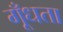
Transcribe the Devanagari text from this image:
गूँधता